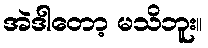
အဲဒါတော့ မသိဘူး။